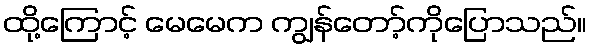
ထို့ကြောင့် မေမေက ကျွန်တော့်ကိုပြောသည်။